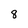
Character: 8